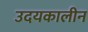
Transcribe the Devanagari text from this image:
उदयकालीन